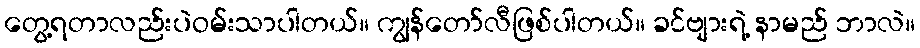
တွေ့ရတာလည်းပဲဝမ်းသာပါတယ်။ ကျွန်တော်လီဖြစ်ပါတယ်။ ခင်ဗျားရဲ့ နာမည် ဘာလဲ။